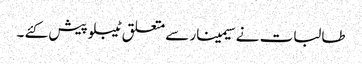
طالبات نے سیمینار سے متعلق ٹیبلو پیش کئے ۔